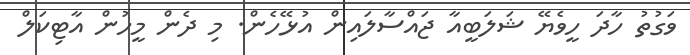
ވަގުތު ހާދަ ހީވެޔޭ ޝަލަބީއާ ޖައްސާލައިން އުޅޭހެން. މި ދެން މީހުން އާޓިކަލް